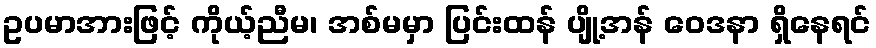
ဥပမာအားဖြင့် ကိုယ့်ညီမ၊ အစ်မမှာ ပြင်းထန် ပျို့အန် ဝေဒနာ ရှိနေရင်